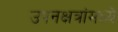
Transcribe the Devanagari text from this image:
उपनक्षत्रांमध्ये